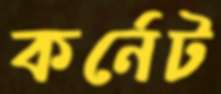
কর্নেট